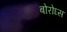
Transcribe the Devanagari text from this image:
बोरोघ्स